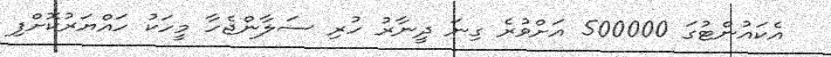
އެކައުންޓުގަ 500000 އަށްވުރެ ގިނަ ދީނާރު ހުރި ސަލާންޖެހާ މީހަކު ހައްޔަރުކޮށްފި